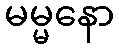
မမ္မနော